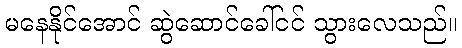
မနေနိုင်အောင် ဆွဲဆောင်ခေါ်ငင် သွားလေသည်။